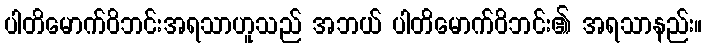
ပါတိမောက်ဝိဘင်းအရသာဟူသည် အဘယ် ပါတိမောက်ဝိဘင်း၏ အရသာနည်း။